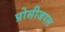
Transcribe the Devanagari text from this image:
प्रोसीजरल